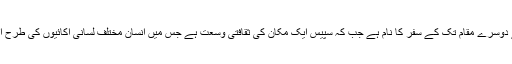
کہانی کی طرح وقت بھی ایک مقام سے دوسرے مقام تک کے سفر کا نام ہے جب کہ سپیس ایک مکان کی ثقافتی وسعت ہے جس میں انسان مختلف لسانی اکائیوں کی طرح ایک ثقافتی وحدت میں متشکل ہوتے ہیں۔